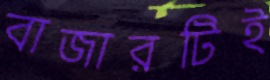
বাজারটিই